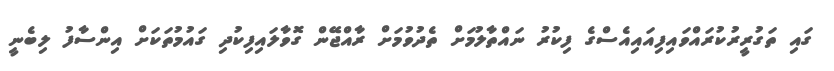
ގައި ތަގުރީރުކުރައްވައިފިއައިއެސްގެ ފިކުރު ނައްތާލުމަށް ތެދުވުމަށް ރާއްޖޭން ގޮވާލައިފިކުދި ގައުމުތަކަށް އިންސާފު ލިބެނީ